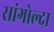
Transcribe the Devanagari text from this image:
सांगोल्दा